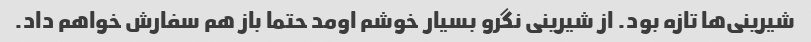
شیرینی‌ها تازه بود. از شیرینی نگرو بسیار خوشم اومد حتما باز هم سفارش خواهم داد.